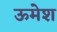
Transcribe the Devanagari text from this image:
ऊमेश